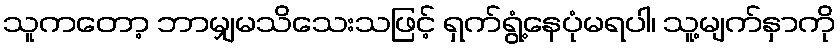
သူကတော့ ဘာမျှမသိသေးသဖြင့် ရှက်ရွံ့နေပုံမရပါ၊ သူ့မျက်နှာကို